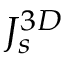
J _ { s } ^ { 3 D }